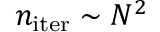
n _ { \mathrm { i t e r } } \sim N ^ { 2 }